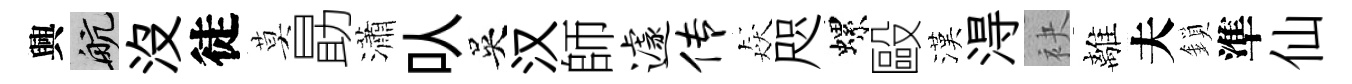
興航没徒莫勗瀟㕥吳汉師遽传猋咫螺毆漢淂袂離夫鎖準仙